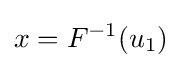
x=F^{-1}(u_{1})